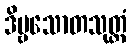
ဒိဗ္ဗသောတသုတ္တံ